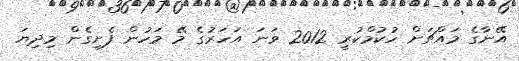
އޭނާގެ މައްޗަށް ހުކުމްކުރީ 2012 ވަނަ އަހަރުގެ މޭ މަހުން ފެށިގެން މިދިޔަ